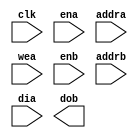
//------------------------------------------------------------+
//------------------------------------------------------------+
// Project: Deep Learning Hardware Design Contest
// Module: dpram_warpper
// Description:
//		Dual-port RAM wrapper
//		FPGA = 1: Use the generated RAM 
//		Otherwise: Use a RAM modeling
//
// History: 2021.09.01 by NXT (truongnx@capp.snu.ac.kr)
//------------------------------------------------------------+

`define FPGA 1
module dpram_wrapper (	
	clk,		// clock 
	ena,		// enable for write address
	addra,		// input address for write
	wea,		// input write enable
	enb,		// enable for read address
	addrb,		// input address for read
	dia,		// input write data
	dob			// output read-out data
);

//------------------------------------------------------------------------+
// Declare parameters
//------------------------------------------------------------------------+
// output parameters
parameter DW = 64;			// data bit-width per word
parameter AW = 8;			// address bit-width
parameter DEPTH = 256;		// depth, word length
parameter N_DELAY = 1;

//------------------------------------------------------------------------+
// Declare Input & Output signals
//------------------------------------------------------------------------+
// clock and reset
input							clk;
// input SRAM signals
input [AW-1			:	0]		addra;	// input address 
input							wea;	// input write enable
input							ena;	// input enable
input [DW-1			:	0]		dia;	// input write data
input [AW-1			:	0]		addrb;	// input address 
input							enb;	// input chip-select 
// output SRAM signal
output [DW-1		:	0]		dob;	// output read-out data
//------------------------------------------------------------------------+
// Declare internal signals
//------------------------------------------------------------------------+
reg	[DW-1			:	0]		rdata;

`ifdef FPGA
	//------------------------------------------------------------------------+
	// implement generate block ram
	//------------------------------------------------------------------------+
	generate
		if((DEPTH == 512) && (DW == 72)) begin: gen_dpram_512x72
			dpram_512x72 u_dpram_512x72 (
				// write ports
				.clka    (clk),
				.ena     (ena),
				.wea     (wea),
				.addra   (addra),
				.dina    (dia),
				// read ports 
				.clkb    (clk),
				.enb     (enb),
				.addrb   (addrb),
				.doutb   (dob)
			);
		end
		else if((DEPTH == 26) && (DW == 32)) begin: gen_dpram_26x32
			dpram_26x32 u_dpram_26x32 (
				// write ports
				.clka    (clk),
				.ena     (ena),
				.wea     (wea),
				.addra   (addra),
				.dina    (dia),
				// read ports 
				.clkb    (clk),
				.enb     (enb),
				.addrb   (addrb),
				.doutb   (dob)
			);
		end
		else if((DEPTH == 13) && (DW == 256)) begin: gen_dpram_13x256
			dpram_13x256 u_dpram_13x256 (
				// write ports
				.clka    (clk),
				.ena     (ena),
				.wea     (wea),
				.addra   (addra),
				.dina    (dia),
				// read ports 
				.clkb    (clk),
				.enb     (enb),
				.addrb   (addrb),
				.doutb   (dob)
			);
		end
		else if((DEPTH == 208) && (DW == 256)) begin: gen_dpram_208x256
			dpram_208x256 u_dpram_208x256 (
				// write ports
				.clka    (clk),
				.ena     (ena),
				.wea     (wea),
				.addra   (addra),
				.dina    (dia),
				// read ports 
				.clkb    (clk),
				.enb     (enb),
				.addrb   (addrb),
				.doutb   (dob)
			);
		end
		else if((DEPTH == 208) && (DW == 32)) begin: gen_dpram_208x32
			dpram_208x32 u_dpram_208x32 (
				// write ports
				.clka    (clk),
				.ena     (ena),
				.wea     (wea),
				.addra   (addra),
				.dina    (dia),
				// read ports 
				.clkb    (clk),
				.enb     (enb),
				.addrb   (addrb),
				.doutb   (dob)
			);
		end
		else if((DEPTH == 6240) && (DW == 32)) begin: gen_dpram_6240x32
			dpram_6240x32 u_dpram_6240x32 (
				// write ports
				.clka    (clk),
				.ena     (ena),
				.wea     (wea),
				.addra   (addra),
				.dina    (dia),
				// read ports 
				.clkb    (clk),
				.enb     (enb),
				.addrb   (addrb),
				.doutb   (dob)
			);
		end
	endgenerate
`else
	//------------------------------------------------------------------------+
	// Memory modeling
	//------------------------------------------------------------------------+
	reg [DW-1			:	0]		ram[0:DEPTH-1];	// Memory cell
	// Write
	always @(posedge clk) begin
		if(ena) begin
			if(wea)			ram[addra] <= dia;
		end
	end	
	// Read
	generate 
	   if(N_DELAY == 1) begin: delay_1
		  reg [DW-1:0] rdata   ; //Primary Data Output
		  //Read port
		  always @(posedge clk)
		  begin: read
			 if(enb)
				rdata <= ram[addrb];
		  end
		  assign dob = rdata;
	   end
	   else begin: delay_n
		  reg [N_DELAY*DW-1:0] rdata_r;
		  always @(posedge clk)
		  begin: read
			 if(enb)
				rdata_r[0+:DW] <= ram[addrb];
		  end

		  always @(posedge clk) begin: delay
			 integer i;
			 for(i = 0; i < N_DELAY-1; i = i+1)
				if(enb)
				   rdata_r[(i+1)*DW+:DW] <= rdata_r[i*DW+:DW];
		  end
		  assign dob = rdata_r[(N_DELAY-1)*DW+:DW];
	   end
	endgenerate
`endif

endmodule